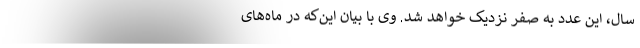
سال، این عدد به صفر نزدیک خواهد شد. وی با بیان این‌که در ماه‌های